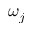
\omega _ { j }